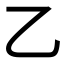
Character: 乙